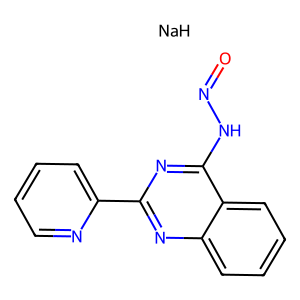
SMILES: O=NNc1nc(-c2ccccn2)nc2ccccc12.[NaH]
Inhibits HIV replication: No